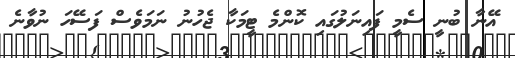
އޭނާ ބުނީ ސެމީ ފައިނަލުގައި ކޮންމެ ޓީމަކާ ޖެހުނު ނަމަވެސް ފަސޭހަ ނުވާނެ